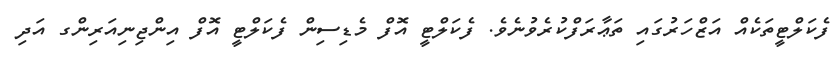
ފެކަލްޓީތަކެއް އަޒްހަރުގައި ތަޢާރަފްކުރެވުނެވެ. ފެކަލްޓީ އޮފް މެޑިސިން ފެކަލްޓީ އޮފް އިންޖިނިއަރިންގ އަދި